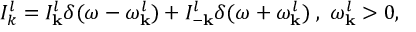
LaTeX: I _ { k } ^ { l } = I _ { \bf k } ^ { l } \delta ( \omega - { \omega } _ { \bf k } ^ { l } ) + I _ { - \bf k } ^ { l } \delta ( \omega + { \omega } _ { \bf k } ^ { l } ) \; , \; { \omega } _ { \bf k } ^ { l } > 0 ,